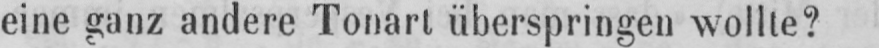
eine ganz andere Tonart überspringen wollte?